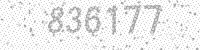
Solution: 836177